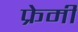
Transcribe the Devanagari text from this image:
फ्रेमी